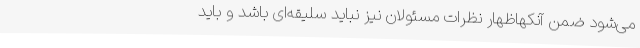
می‌شود ضمن آنکهاظهار نظرات مسئولان نیز نباید سلیقه‌ای باشد و باید